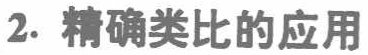
2. 精确类比的应用